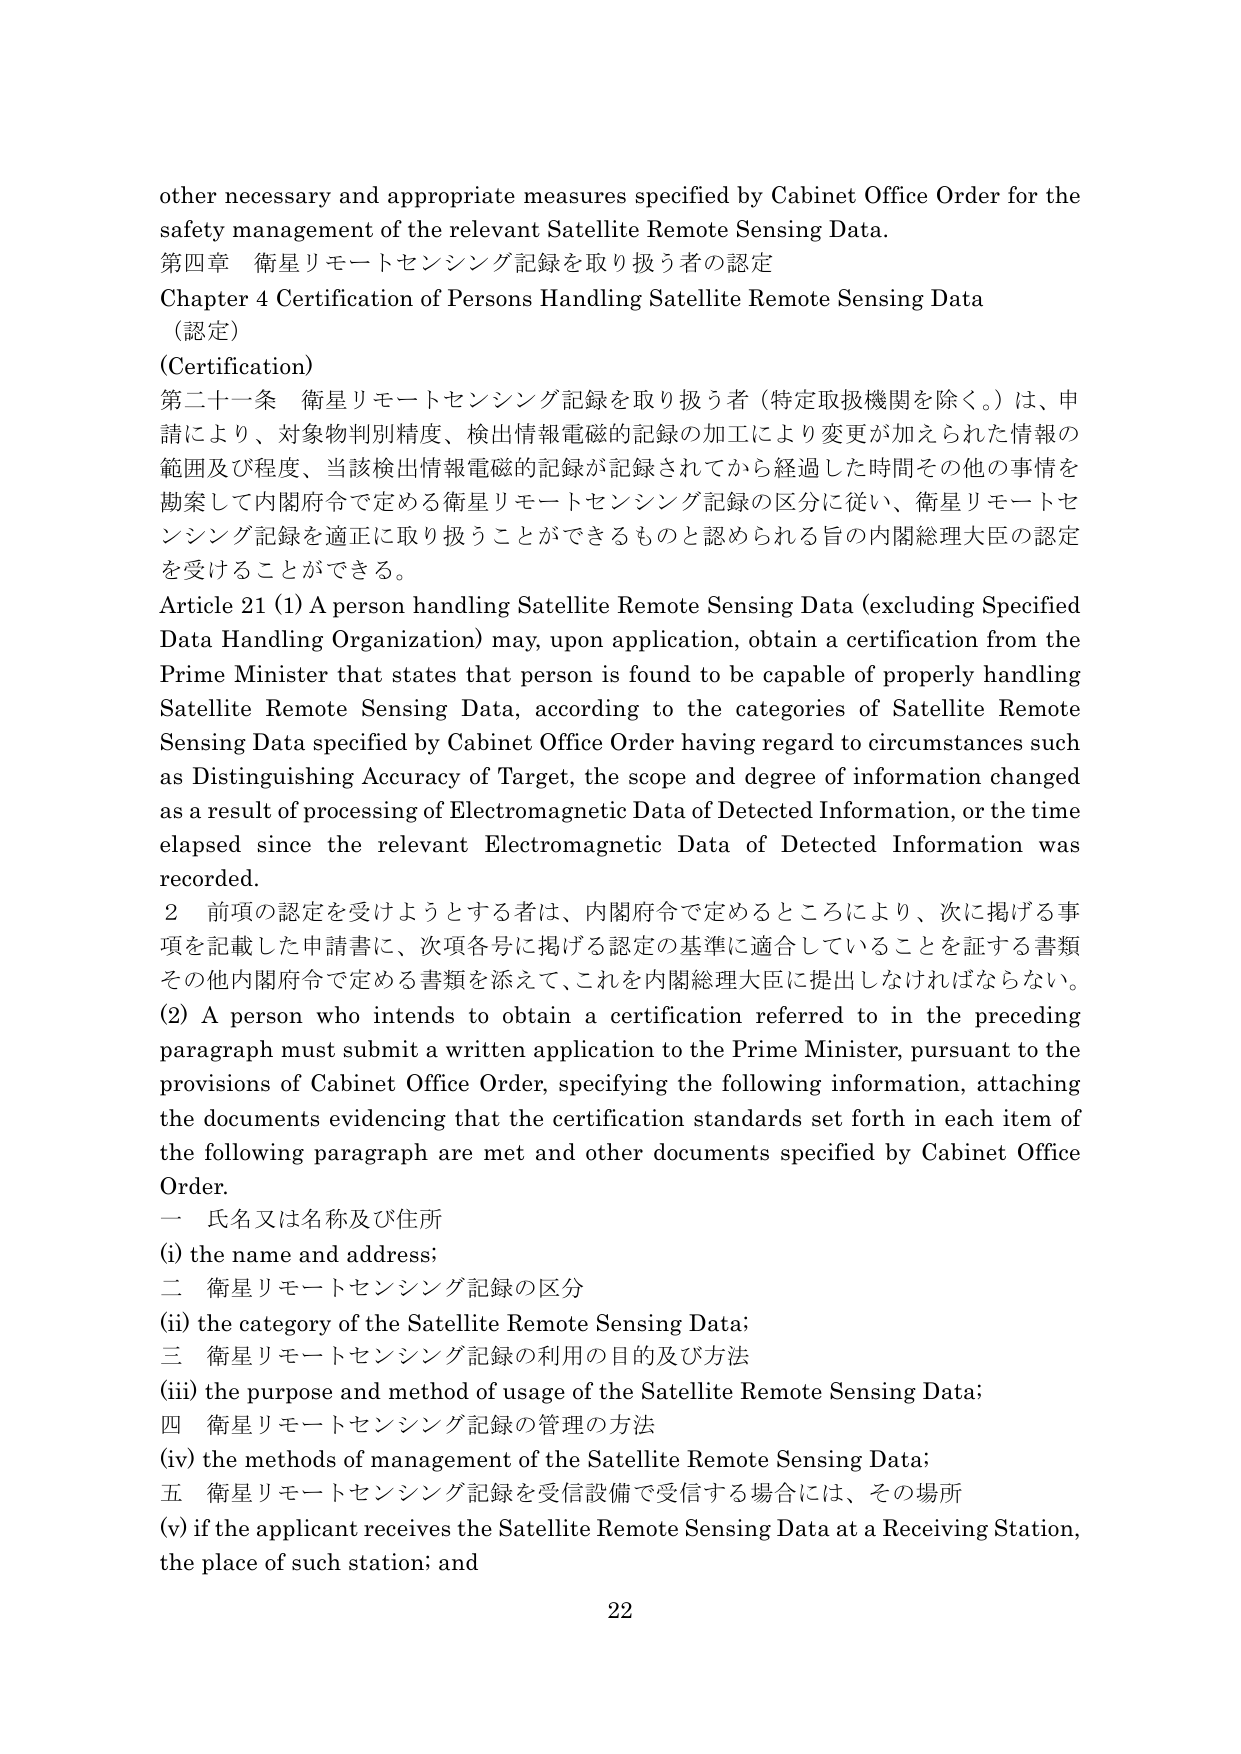
other necessary and appropriate measures specified by Cabinet Office Order for the safety management of the relevant Satellite Remote Sensing Data.

第四章 衛星リモートセンシング記録を取り扱う者の認定
Chapter 4 Certification of Persons Handling Satellite Remote Sensing Data
（認定）
(Certification)

第二十一条 衛星リモートセンシング記録を取り扱う者（特定取扱機関を除く。）は、申請により、対象物判別精度、検出情報電磁的記録の加工により変更が加えられた情報の範囲及び程度、当該検出情報電磁的記録が記録されてから経過した時間その他の事情を勘案して内閣府令で定める衛星リモートセンシング記録の区分に従い、衛星リモートセンシング記録を適正に取り扱うことができるものと認められる旨の内閣総理大臣の認定を受けることができる。

Article 21 (1) A person handling Satellite Remote Sensing Data (excluding Specified Data Handling Organization) may, upon application, obtain a certification from the Prime Minister that states that person is found to be capable of properly handling Satellite Remote Sensing Data, according to the categories of Satellite Remote Sensing Data specified by Cabinet Office Order having regard to circumstances such as Distinguishing Accuracy of Target, the scope and degree of information changed as a result of processing of Electromagnetic Data of Detected Information, or the time elapsed since the relevant Electromagnetic Data of Detected Information was recorded.

2 前項の認定を受けようとする者は、内閣府令で定めるところにより、次に掲げる事項を記載した申請書に、次項各号に掲げる認定の基準に適合していることを証する書類その他内閣府令で定める書類を添えて、これを内閣総理大臣に提出しなければならない。

(2) A person who intends to obtain a certification referred to in the preceding paragraph must submit a written application to the Prime Minister, pursuant to the provisions of Cabinet Office Order, specifying the following information, attaching the documents evidencing that the certification standards set forth in each item of the following paragraph are met and other documents specified by Cabinet Office Order.

一 氏名又は名称及び住所
(i) the name and address;

二 衛星リモートセンシング記録の区分
(ii) the category of the Satellite Remote Sensing Data;

三 衛星リモートセンシング記録の利用の目的及び方法
(iii) the purpose and method of usage of the Satellite Remote Sensing Data;

四 衛星リモートセンシング記録の管理の方法
(iv) the methods of management of the Satellite Remote Sensing Data;

五 衛星リモートセンシング記録を受信設備で受信する場合には、その場所
(v) if the applicant receives the Satellite Remote Sensing Data at a Receiving Station, the place of such station; and

22